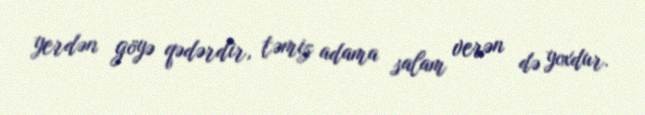
yerdən göyə qədərdir, təmiz adama salam verən də yoxdur.